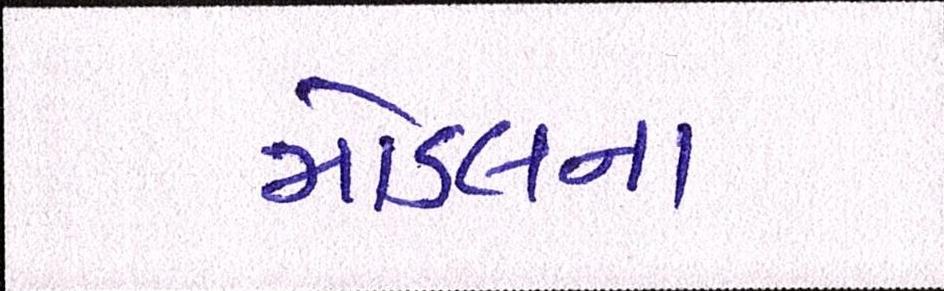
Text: મોડલના